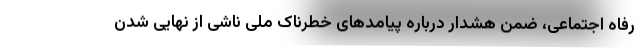
رفاه اجتماعی، ضمن هشدار درباره پیامدهای خطرناک ملی ناشی از نهایی شدن